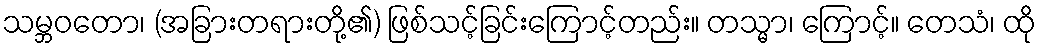
သမ္ဘဝတော၊ (အခြားတရားတို့၏) ဖြစ်သင့်ခြင်းကြောင့်တည်း။ တသ္မာ၊ ကြောင့်။ တေသံ၊ ထို